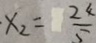
x _ { 2 } = \frac { 2 4 } { 5 }